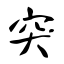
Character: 突